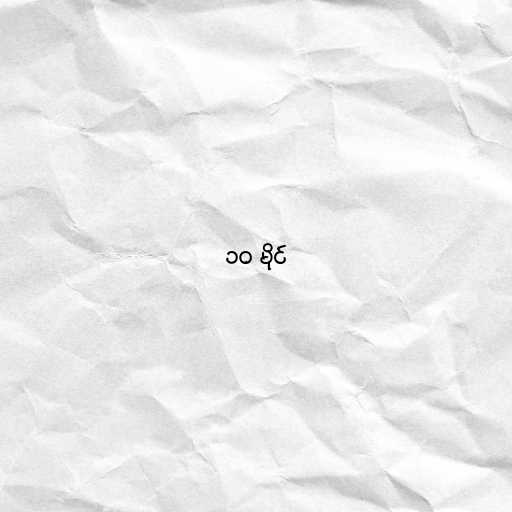
၁၀ မိုင်